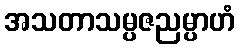
အသတာသမ္ပဇညမ္ပာဟံ